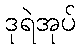
ဒုရဲအုပ်